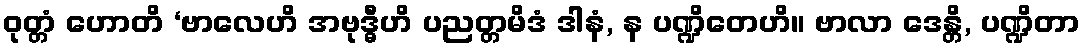
ဝုတ္တံ ဟောတိ ‘ဗာလေဟိ အဗုဒ္ဓီဟိ ပညတ္တမိဒံ ဒါနံ, န ပဏ္ဍိတေဟိ။ ဗာလာ ဒေန္တိ, ပဏ္ဍိတာ